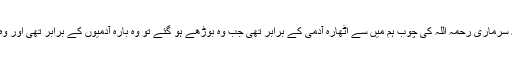
محمد مطوعی کہتے ہیں کہ سرماری رحمہ اللہ کی چوب ہم میں سے اٹھارہ آدمی کے برابر تھی جب وہ بوڑھے ہو گئے تو وہ بارہ آدمیوں کے برابر تھی اور وہ چوب سے لڑا کرتے تھے۔